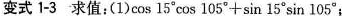
变式 1-3 求值:(1)$$\cos 1 5° \cos 1 0 5 ° + \sin 1 5 ° \sin 1 0 5 °$$；